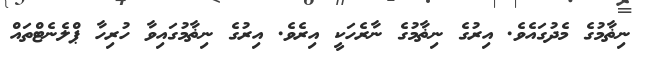
ނިޡާމުގެ މެދުގައެވެ. އިރުގެ ނިޡާމުގެ ނާރެހަކީ އިރެވެ. އިރުގެ ނިޡާމުގައިވާ ހުރިހާ ޕްލެނެޓްތައް